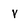
Character: V